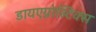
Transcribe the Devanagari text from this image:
डायएग्नोस्टिक्स